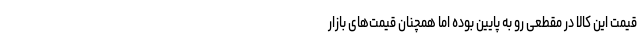
قیمت این کالا در مقطعی رو به پایین بوده اما همچنان قیمت‌های بازار